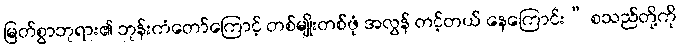
မြတ်စွာဘုရား၏ ဘုန်းကံတော်ကြောင့် တစ်မျိုးတစ်ဖုံ အလွန် တင့်တယ် နေကြောင်း” စသည်တို့ကို